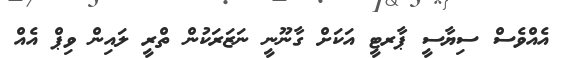
އެއްވެސް ސިޔާސީ ޕާރޓީ އަކަށް ގާނޫނީ ނަޒަރަކުން ތްރީ ލައިން ވިޕް އެއް